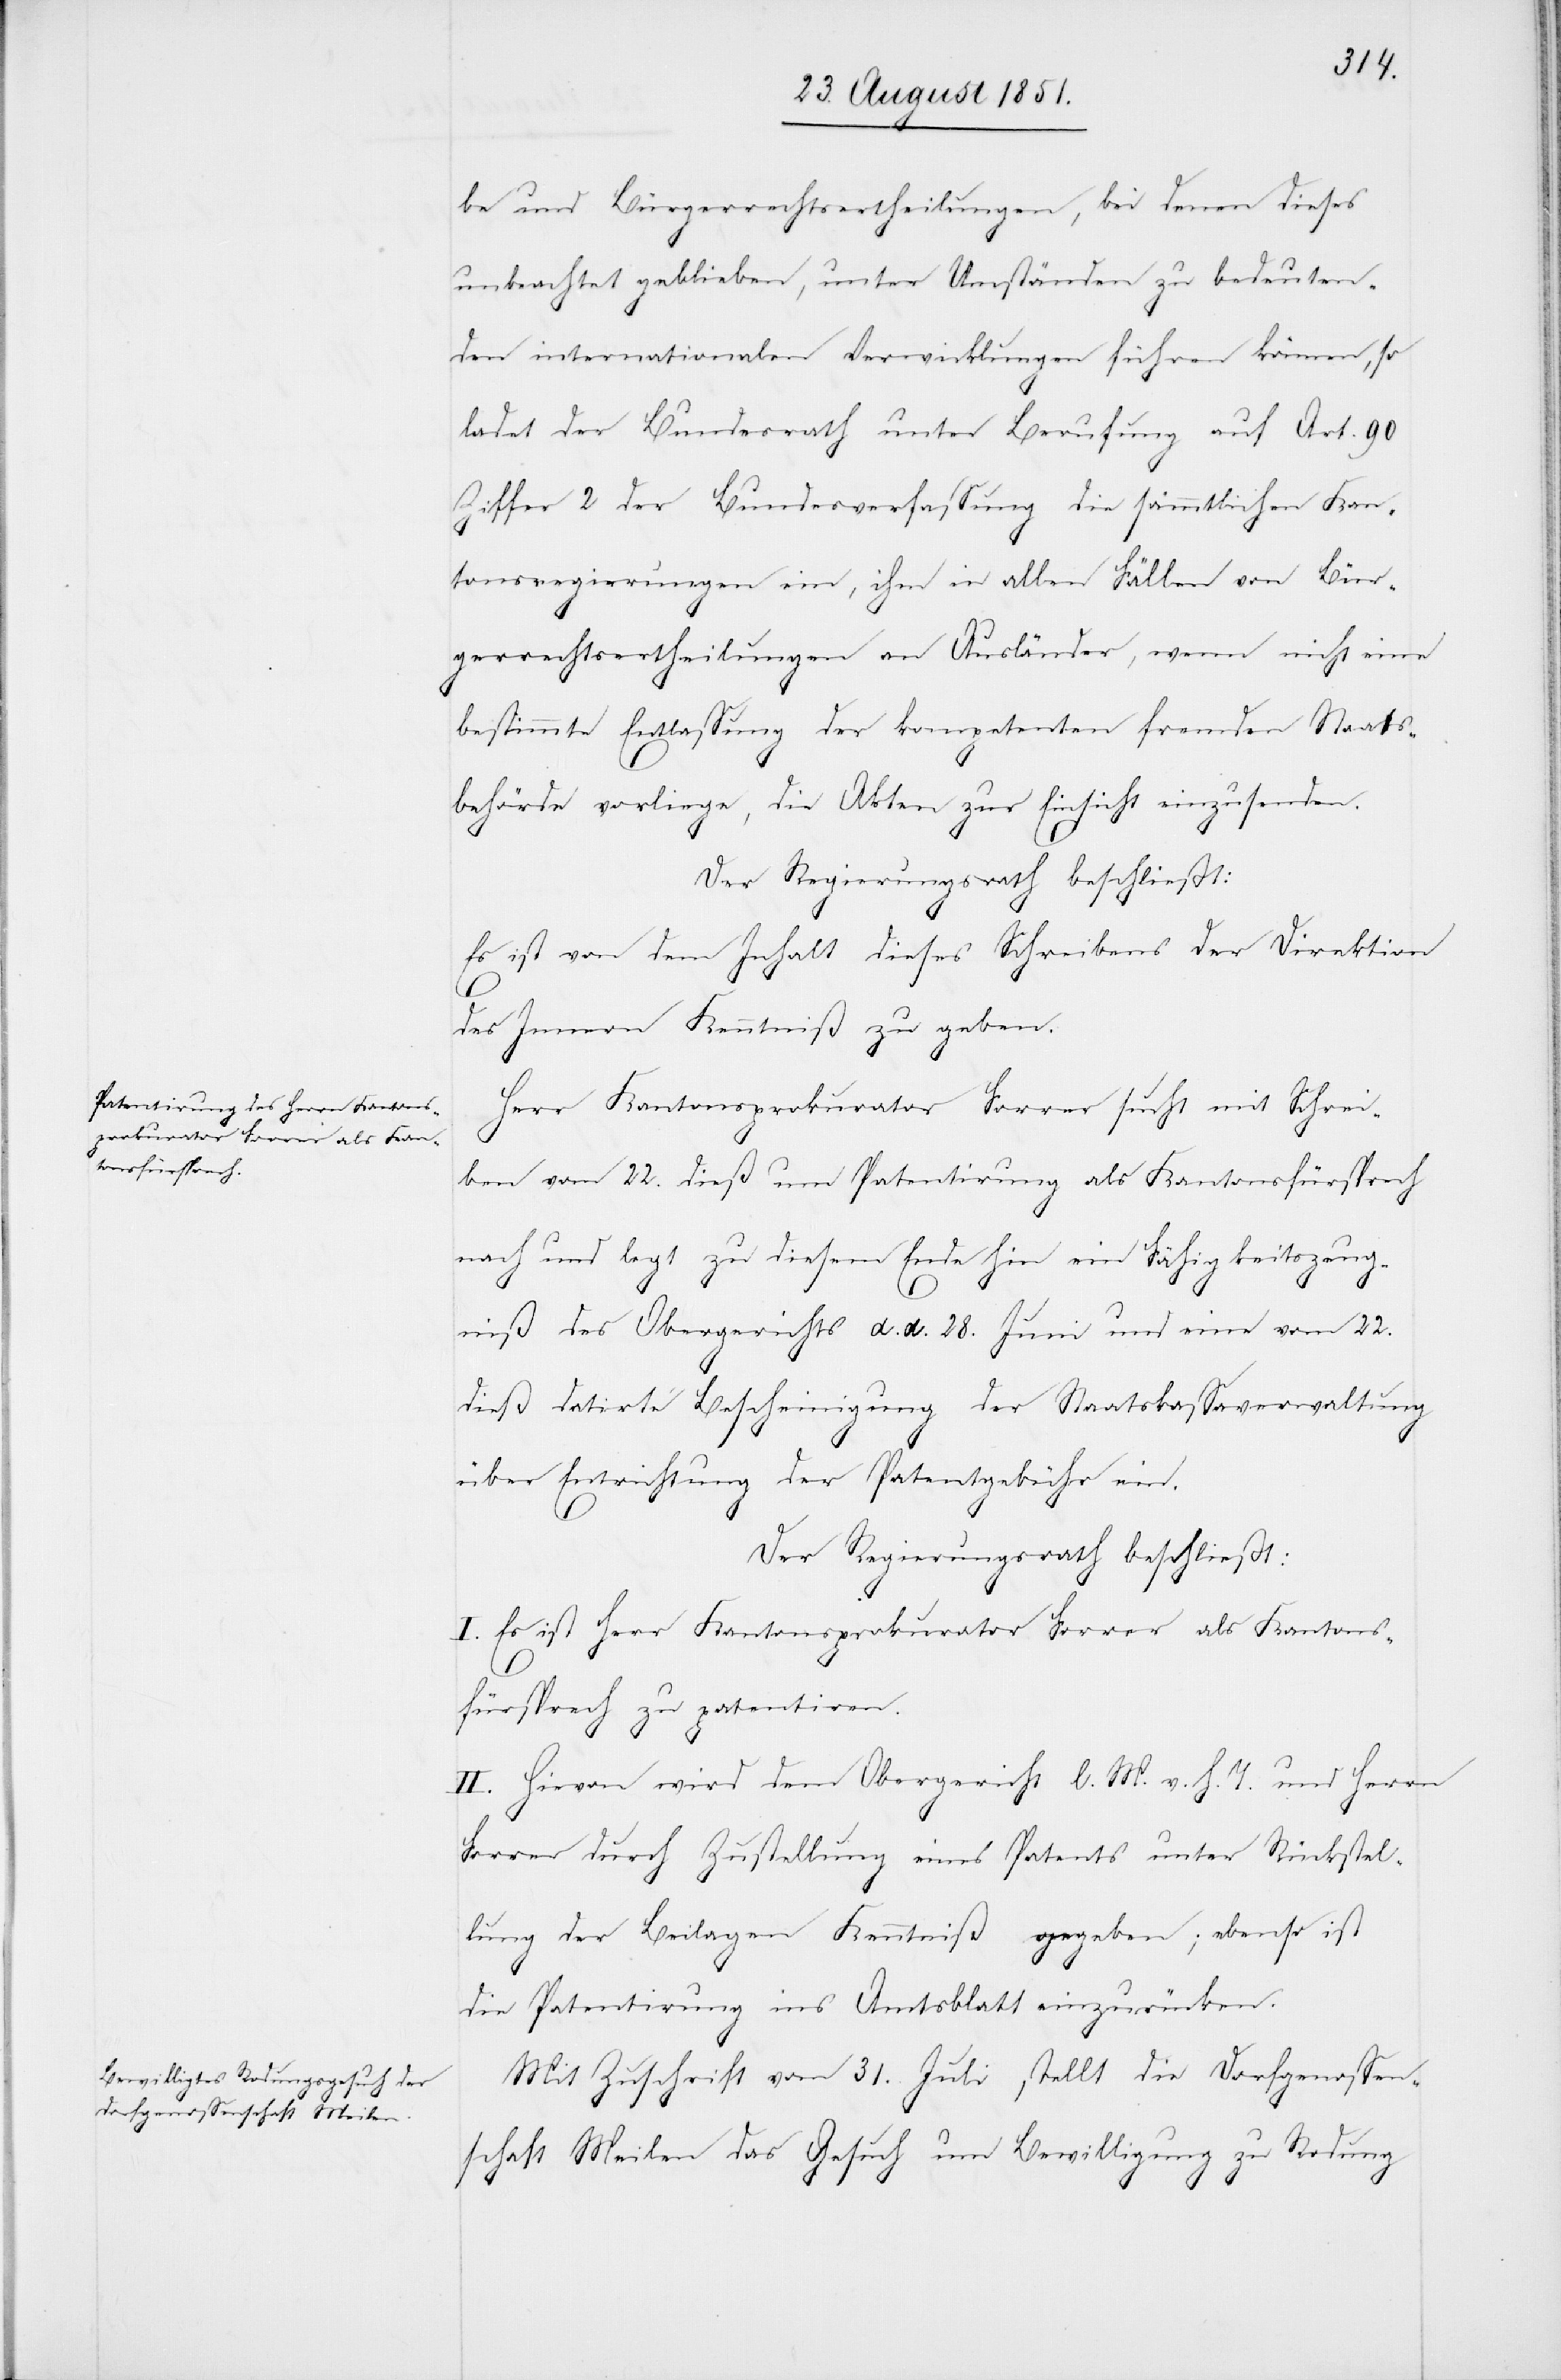
be und Bürgerrechtsertheilungen, bei denen dieses
unbeachtet geblieben, unter Umständen zu bedeuten¬
den internationalen Verwicklungen führen können, so
ladet der Bundesrath unter Berufung auf Art. 90
Ziffer 2 der Bundesverfassung die sämmtlichen Kan¬
tonsregierungen ein, ihm in allen Fällen von Bür¬
gerrechtsertheilungen an Ausländer, wenn nicht eine
bestimmte Entlassung der kompetenten fremden Staats¬
behörde vorliege, die Akten zur Einsicht einzusenden.
Der Regierungsrath beschließt:
Es ist von dem Inhalt dieses Schreibens der Direktion
des Innern Kenntniß zu geben.
Herr Kantonsprokurator Forrer sucht mit Schrei¬
ben vom 22. dieß um Patentirung als Kantonsfürsprech
nach und legt zu diesem Ende hin ein Fähigkeitszeug¬
niß des Obergerichts d. d. 28. Juni und eine vom 22.
dieß datirte Bescheinigung der Staatskassaverwaltung
über Entrichtung der Patentgebühr ein.
Der Regierungsrath beschließt:
I. Es ist Herr Kantonsprokurator Forrer als Kantons¬
fürsprech zu patentiren.
II. Hievon wird dem Obergericht l. M. v. h. T. und Herrn
Forrer durch Zustellung eines Patents unter Rückstel¬
lung der Beilagen Kenntniß gegeben; ebenso ist
die Patentirung ins Amtsblatt einzurücken.
Mit Zuschrift vom 31. Juli stellt die Dorfgenossen¬
schaft Meilen das Gesuch um Bewilligung zu Rodung